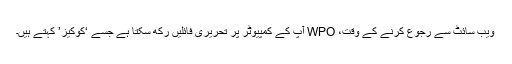
ویب سائٹ سے رجوع کرنے کے وقت، WPO آپ کے کمپیوٹر پر تحریری فائلیں رکھ سکتا ہے جسے ‘کوکیز’ کہتے ہیں۔